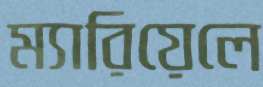
ম্যারিয়েলে